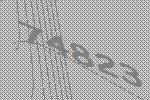
74823